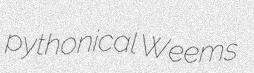
pythonical Weems